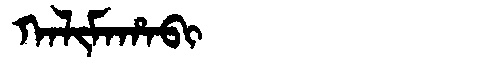
Manchu: ᡴᠠᠯᡳᠮᠠᡥᠠᠪᡳ
Romanization: KALIMAHABI